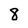
Character: 8